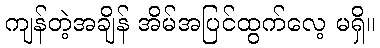
ကျန်တဲ့အချိန် အိမ်အပြင်ထွက်လေ့ မရှိ။